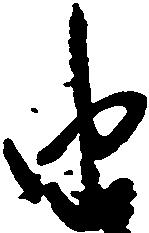
由